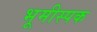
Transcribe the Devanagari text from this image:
भूमीस्पक